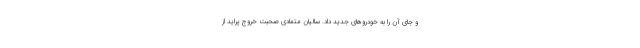
و جاي آن را به خودروهاي جديد داد. ساليان متمادي صحبت خروج پرايد از